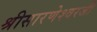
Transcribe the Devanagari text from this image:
श्रीसारणेश्वरजी